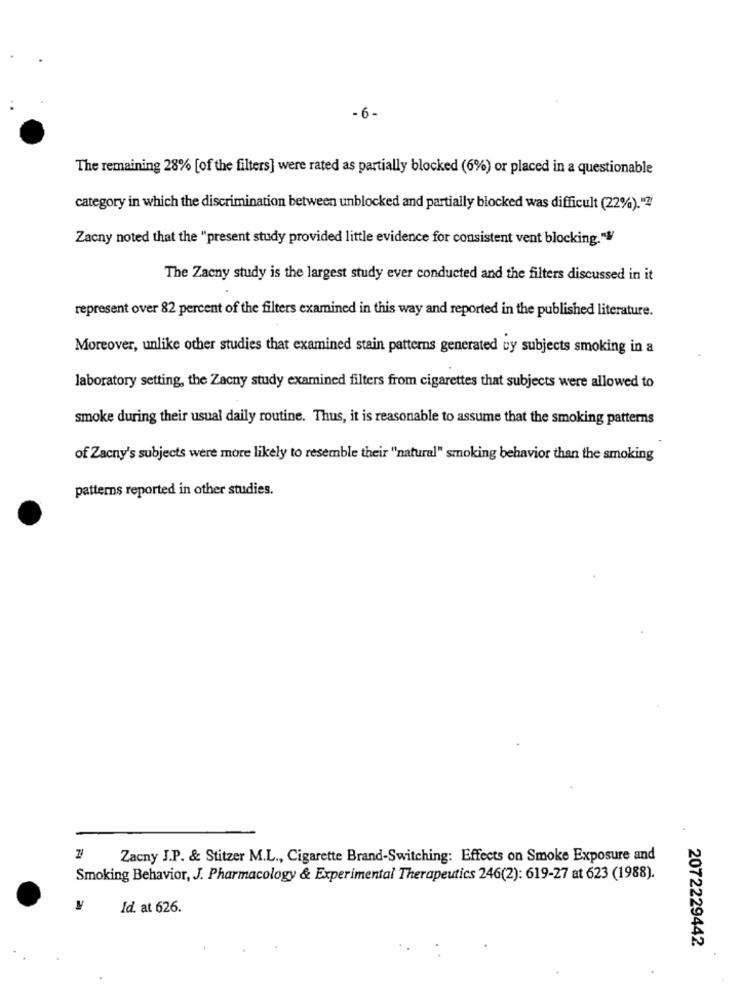
- 6-
The remaining 28% [of the filters] were rated as partially blocked (6%) or placed in a questionable
category in which the discrimination between unblocked and partially blocked was difficult (22%)."2
Zacny noted that the "present study provided little evidence for consistent vent blocking.""
The Zacny study is the largest study ever conducted and the filters discussed in it
represent over 82 percent of the filters examined in this way and reported in the published literature.
Moreover, unlike other studies that examined stain patterns generated vy subjects smoking in a
laboratory setting, the Zacny study examined filters from cigarettes that subjects were allowed to
smoke during their usual daily routine. Thus, it is reasonable to assume that the smoking patterns
of Zacny's subjects were more likely to resemble their "natural" smoking behavior than the smoking
patterns reported in other studies.
Zacny J.P. & Stitzer M.L ., Cigarette Brand-Switching: Effects on Smoke Exposure and
Smoking Behavior, J. Pharmacology & Experimental Therapeutics 246(2): 619-27 at 623 (1988).
Id. at 626.
2072229442